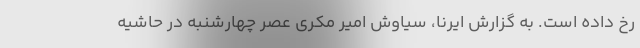
رخ داده است. به گزارش ایرنا، سیاوش امیر مکری عصر چهارشنبه در حاشیه